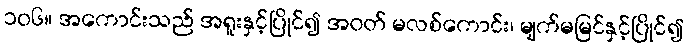
၁၀၆။ အကောင်းသည် အရူးနှင့်ပြိုင်၍ အဝတ် မလစ်ကောင်း၊ မျက်မမြင်နှင့်ပြိုင်၍